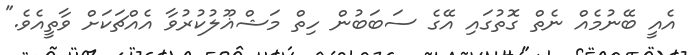
އެއީ ބޭނުމެއް ނެތް ގޮތުގައި އޭގެ ސަބަބުން ހިތް މަޝްޣޫލުކުރުވާ އެއްޗަކަށް ވާތީއެވެ."